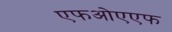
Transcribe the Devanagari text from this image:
एफओएएफ